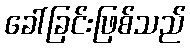
ခေါ်ခြင်းဖြစ်သည်